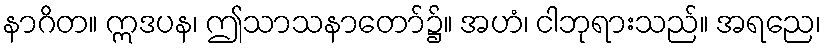
နာဂိတ။ ဣဒပန၊ ဤသာသနာတော်၌။ အဟံ၊ ငါဘုရားသည်။ အရညေ၊